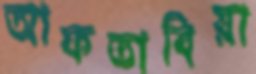
আফতাবিয়া